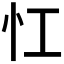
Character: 𢖷